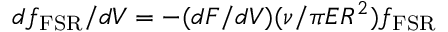
d f _ { \mathrm { F S R } } / d V = - ( d F / d V ) ( \nu / \pi E R ^ { 2 } ) f _ { \mathrm { F S R } }